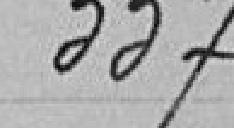
337